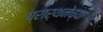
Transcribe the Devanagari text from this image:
प्रार्थनेच्या